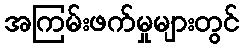
အကြမ်းဖက်မှုများတွင်